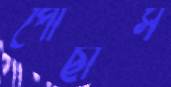
পোঁছাস